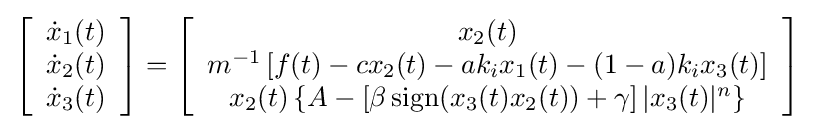
\left[{\begin{array}{c}{\dot {x}}_{1}(t)\\{\dot {x}}_{2}(t)\\{\dot {x}}_{3}(t)\end{array}}\right]=\left[{\begin{array}{c}x_{2}(t)\\m^{-1}\left[f(t)-cx_{2}(t)-ak_{i}x_{1}(t)-(1-a)k_{i}x_{3}(t)\right]\\x_{2}(t)\left\{A-\left[\beta \operatorname {sign} (x_{3}(t)x_{2}(t))+\gamma \right]|x_{3}(t)|^{n}\right\}\end{array}}\right]